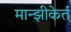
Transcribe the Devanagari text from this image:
मान्झीकेर्त